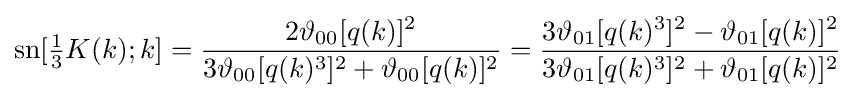
\operatorname {sn} [{\tfrac {1}{3}}K(k);k]={\frac {2\vartheta _{00}[q(k)]^{2}}{3\vartheta _{00}[q(k)^{3}]^{2}+\vartheta _{00}[q(k)]^{2}}}={\frac {3\vartheta _{01}[q(k)^{3}]^{2}-\vartheta _{01}[q(k)]^{2}}{3\vartheta _{01}[q(k)^{3}]^{2}+\vartheta _{01}[q(k)]^{2}}}